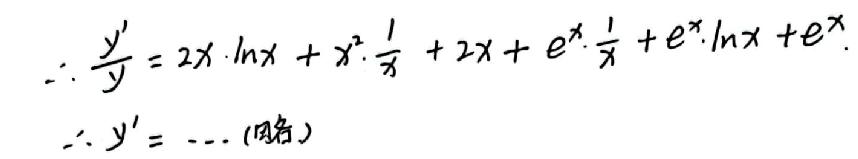
\(\therefore\frac{y'}{y}&=2x\cdot\ln x + x^{2}\cdot\frac{1}{x}+2x + e^{x}\cdot\frac{1}{x}+e^{x}\cdot\ln x + e^{x}\)\\
\(\therefore y'&=\cdots(\)略)